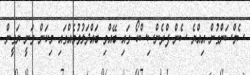
ސެމްސަންގުން އިއްޔެ ސެން ފްރެންސިސްކޯ ގައި ބޭއްވި ބައްދަލުވުމެއްގައި މިކަން ވަނީ ޔަގީން